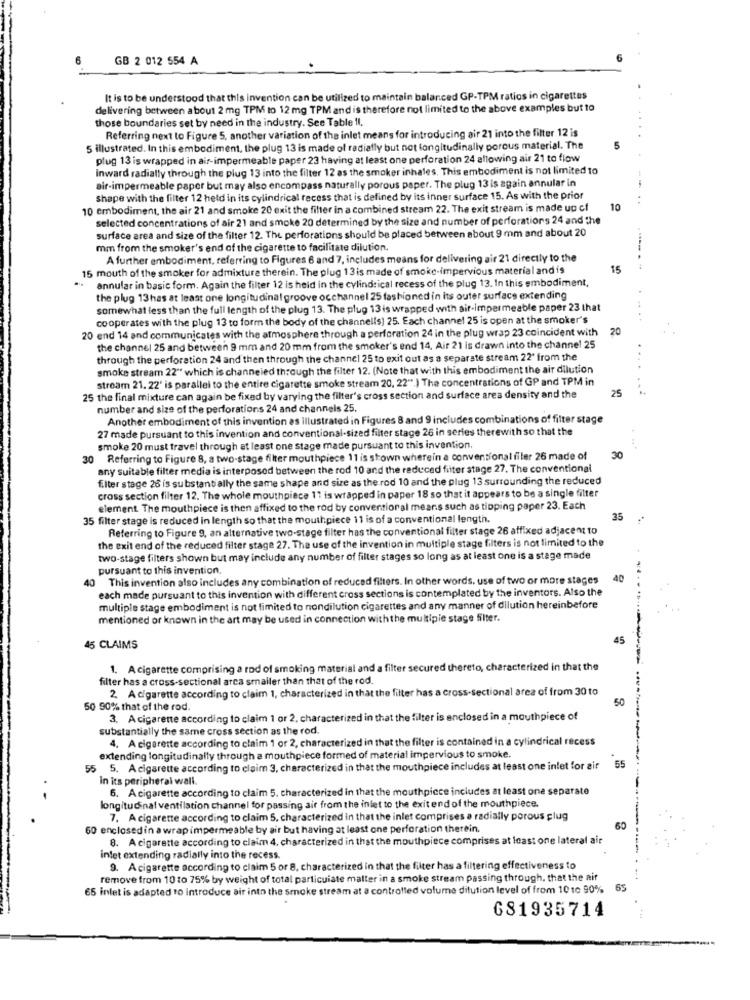
GB 2 012 554 A
It is to be understood that this invention can be utilized to maintain balanced GP-TPM ratios in cigarettes
delivering between about 2 mg TPM to 12 mg TPM and is therefore not limited to the above examples but to
those boundaries set by need in the industry. See Table Il.
Referring next to Figure 5, another variation of the inlet means for introducing air 21 into the filter 12 is
5 illustrated. In this embodiment, the plug 13 is made of radially but not longitudinally porous material. The
plug 13 is wrapped in air-impermeable paper 23 having at least one perforation 24 allowing air 21 to flow
Inward radially through the plug 13 into the filter 12 as the smoker inhales. This embodiment is not limited to
air-impermeable paper but may also encompass naturally porous paper. The plug 13 is again annular in
shape with the filter 12 held in its cylindrical recess that is defined by its inner surface 15. As with the prior
..
10 embodiment, the air 21 and smoke 20 exit the filter in a combined stream 22. The exit stream is made up cf
10
selected concentrations of air 21 and smoke 20 determined by the size and number of perforations 24 and the
surface area and size of the filter 12. The perforations should be placed between about 9 mm and about 20
mm from the smoker's end of the cigarette to facilitate dilution.
A further embodiment, referring to Figures 6 and 7, includes means for delivering air 21 directly to the
15 mouth of the smoker for admixture therein. The plug 13 is made of smoke-impervious material and is
15
:
annular in basic form. Again the filter 12 is held in the cylindrical recess of the plug 13. In this embodiment,
the plug 13 has at least one longitudinal groove occhannel 25 fashioned in its outer surface extending
somewhat less than the full length of the plug 13. The plug 13 is wrapped with air-impermeable paper 23 that
cooperates with the plug 13 to form the body of the channells) 25. Each channel 25 is open at the smoker's
...
20 end 14 and communicates with the atmosphere through a perforation 24 in the plug wrap 23 coincident with
20
the channel 25 and between 9 mm and 20 mm from the smoker's end 14. Air 21 is drawn into the channel 25
through the perforation 24 and then through the channel 25 to exit out as a separate stream 22' from the
smoke stream 22" which is channeled through the filter 12. (Note that with this embodiment the air dilution
stream 21. 22' is parallel to the entire cigarette smoke stream 20, 22" ) The concentrations of GP and TPM in
25
.......
25 the final mixture can again be fixed by varying the filter's cross section and surface area density and the
number and size of the perforations 24 and channels 25.
Another embodiment of this invention as illustrated in Figures 8 and 9 includes combinations of filter stage
27 made pursuant to this invention and conventional-sized filter stage 26 in series therewith so that the
smoke 20 must travel through at least one stage made pursuant to this invention.
30 Referring to Figure 8, a two-stage filter mouthpiece 11 is shown wherein a conventional filer 26 made of
30
any suitable filter media is interposed between the rod 10 and the reduced filter stage 27. The conventional
filter stage 26 is substanti ally the same shape and size as the rod 10 and the plug 13 surrounding the reduced
cross section filter 12. The whole mouthpiece 11 is wrapped in paper 18 so that it appears to be a single filter
element The mouthpiece is then affixed to the rod by conventional mears such as tipping paper 23. Each
35 filter stage is reduced in length so that the mouthpiece 11 is of a conventional length.
35
Referring to Figure 9, an alternative two-stage filter has the conventional filter stage 26 affixed adjacent to
the exit end of the reduced filter stage 27. The use of the invention in multiple stage filters is not limited to the
two-stage filters shown but may include any number of filter stages so long as at least one is a stage made
pursuant to this invention,
This invention also includes any combination of reduced filters. In other words, use of two or more stages
each made pursuant to this invention with different cross sections is contemplated by the inventors. Also the
multiple stage embodiment is not limited to nondilution cigarettes and any manner of dilution hereinbefore
mentioned or known in the art may be used in connection with the multipie stage filter.
45
45 CLAIMS
1. A cigarette comprising a rod of smoking material and a filter secured thereto, characterized in that the
filter has a cross-sectional arca smaller than that of the rod.
2. A cigarette according to claim 1, characterized in that the filter has a cross-sectional area of from 30 to
50 90% that of the rod.
3. Acigarette according to claim 1 or 2, characterized in that the filter is enclosed in a mouthpiece of
substantially the same cross section as the rod.
4. A cigarette according to claim 1 or 2, characterized in that the filter is contained in a cylindrical recess
extending longitudinally through a mouthpiece formed of material impervious to smoke.
55
55 5. A cigarette according to claim 3, characterized in that the mouthpiece includes at least one inlet for air
In its peripheral wall.
6. A cigarette according to claim 5. characterized in that the mouthpiece includes at least one separate
longitudinal ventilation channel for passing air from the inlet to the exitend of the mouthpiece.
7. A cigarette according to claim 5. characterized in that the inlet comprises a radially porous glug
60 enclosed in a wrap impermeable by air but having at least one perforation therein.
60
8. A cigarette according to claim 4. characterized in that the mouthpiece comprises at least one lateral air
intet extending radially into the recess.
9. Acigarette according to claim 5 or 8, characterized in that the filter has a filtering effectiveness to
remove from 10 to 75% by weight of total particulate matter in a smoke stream passing through, that the air
65 inlet is adapted to introduce air into the smoke stream at a controlled volume dilution level of from 10 10 90%
65
681935714